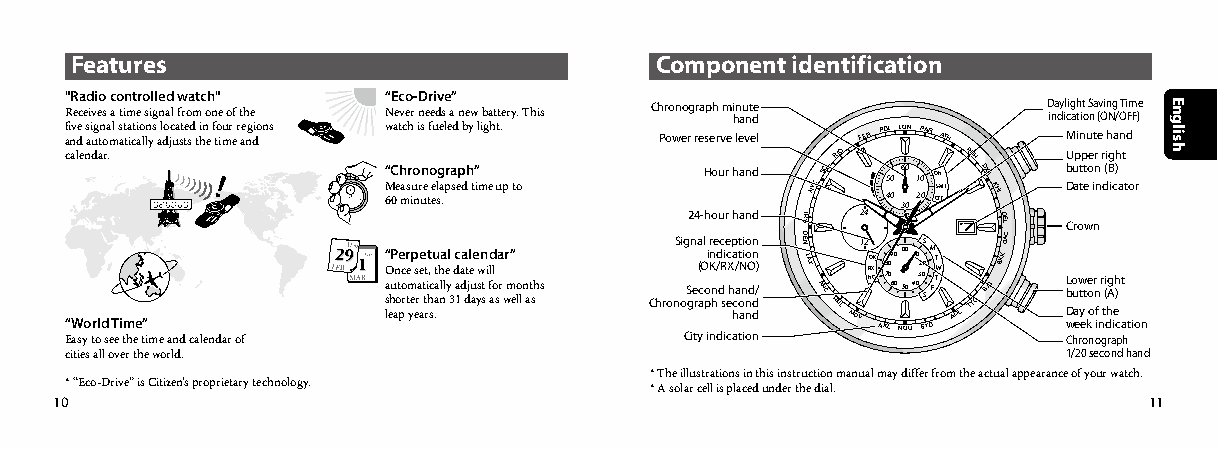
Features                              Component identification
 "Radio controlled watch" “Eco-Drive”
 Receives a time signal from one of the Never needs a new battery. This Chronograph mi hn au nt de D ina dy il cig ah tit o S na (v Oin Ng / OTi Fm F)e
 f ai nv de s ai ug tn oa ml s at ta icti ao lln ys al do jc ua st te sd t hin e f to imur e r ae ng dio ns watch is fueled by light. Power reserve level FEN PDL LON PARATH Minute hand
 calendar.
 “
 M
 6C
 0e
 h masr iuo
 nr
 un
 e
 t
 o
 ee
 slg
 a
 .pra sep dh t”
 ime up to
 Hour hand NYCSCL
 RIO
 5 40
 0
 6 30
 0
 1 20
 0
 O OSN
 FM FT
 RUH
 DXB
 KHI
 U
 b
 Dup
 at
 tp
 t
 eoe ir
 n
 n
 r d(i Bg ic)h at
 t or
 24-hour hand CHI 24 DEL
 Crown
 “ EW asyo tr old
 se
 T ei tm hee t”
 ime and calendar of
 “ O a
 s
 lehuP an ote poc
 r
 r e m
 t
 yep es rae ae t tt rit h, sc u .t aah nla le yl
 3
 dc 1aa da dt jel u ae yw sn t si d fl al o
 s
 a r
 w
 r m” elo ln at sh s
 ChronSi og
 CS
 gn
 ie
 tra
 (
 yacOl
 o
 p
 i
 ir
 Kn nn
 he
 /d dd
 c
 R si
 ie
 ec cX
 hp
 ha ac/
 at
 tt oN
 ani
 ii
 n
 n
 oo
 o O d
 d
 dn
 n n/)
 DEN
 LAX ANC
 HNL
 MDY12
 R NO X OK AK8 7 L0 09 60 0 N0 5 O0 0 U41 00 32 S00
 SS
 YDM FT TW
 ADL
 TYO
 BJS
 BKKDAC
 L b
 D
 w
 Co hu
 a
 ew rt
 y
 e
 ot e ko
 no
 r on
 f
 i n
 r
 gt
 (i
 dh
 rg A
 ae
 ih )
 c
 p
 t
 a ht ion
 cities all over the world.                                         1/20 second hand
 * The illustrations in this instruction manual may differ from the actual appearance of your watch.
 * “Eco-Drive” is Citizen’s proprietary technology. * A solar cell is placed under the dial.
 10                                                                      11
 English